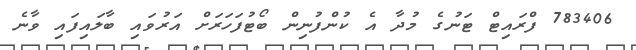
783406 ފްރައިޓް ޓަނުގެ މުދާ އެ ކުންފުނިން ބޯޓުފަހަރަށް އަރުވައި ބާލައިފައި ވާނެ